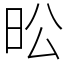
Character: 昖